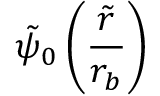
\tilde { \psi } _ { 0 } \left( \frac { \tilde { r } } { r _ { b } } \right)